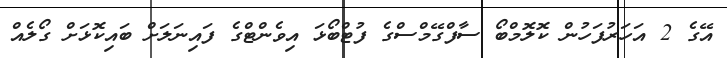
އޭގެ 2 އަހަރުފަހުން ކޮލޮމްބޯ ސާފްގޭމްސްގެ ފުޓްބޯޅަ އިވެންޓްގެ ފައިނަލަށް ބައިކޮޅަށް ގޯލެއް